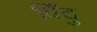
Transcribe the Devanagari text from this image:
बिँदु